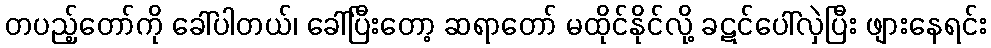
တပည့်တော်ကို ခေါ်ပါတယ်၊ ခေါ်ပြီးတော့ ဆရာတော် မထိုင်နိုင်လို့ ခဋင်ပေါ်လှဲပြီး ဖျားနေရင်း